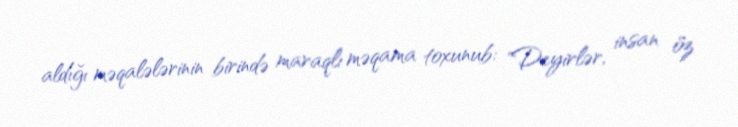
aldığı məqalələrinin birində maraqlı məqama toxunub: "Deyirlər, insan öz